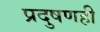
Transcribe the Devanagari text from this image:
प्रदुषणही